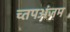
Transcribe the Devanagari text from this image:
च्तपअंजम